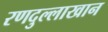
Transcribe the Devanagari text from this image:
रणदुल्लाखान